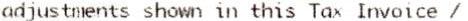
ADJUSTMENTS SHOWN IN THIS TAX INVOICE /